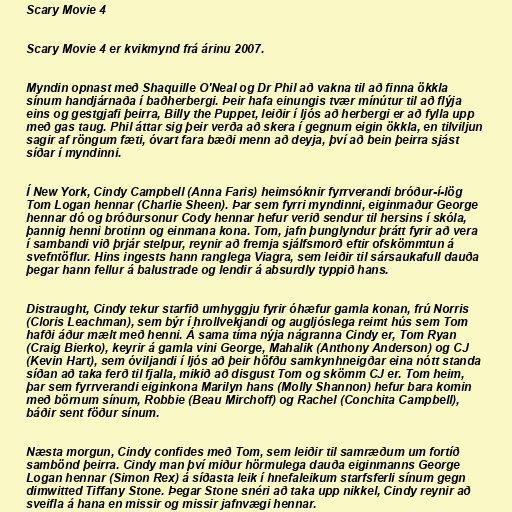
Scary Movie 4

Scary Movie 4 er kvikmynd frá árinu 2007.

Myndin opnast með Shaquille O'Neal og Dr Phil að vakna til að finna ökkla
sínum handjárnaða í baðherbergi. Þeir hafa einungis tvær mínútur til að flýja
eins og gestgjafi þeirra, Billy the Puppet, leiðir í ljós að herbergi er að fylla upp
með gas taug. Phil áttar sig þeir verða að skera í gegnum eigin ökkla, en tilviljun
sagir af röngum fæti, óvart fara bæði menn að deyja, því að bein þeirra sjást
síðar í myndinni.

Í New York, Cindy Campbell (Anna Faris) heimsóknir fyrrverandi bróður-í-lög
Tom Logan hennar (Charlie Sheen). Þar sem fyrri myndinni, eiginmaður George
hennar dó og bróðursonur Cody hennar hefur verið sendur til hersins í skóla,
þannig henni brotinn og einmana kona. Tom, jafn þunglyndur þrátt fyrir að vera
í sambandi við þrjár stelpur, reynir að fremja sjálfsmorð eftir ofskömmtun á
svefntöflur. Hins ingests hann ranglega Viagra, sem leiðir til sársaukafull dauða
þegar hann fellur á balustrade og lendir á absurdly typpið hans.

Distraught, Cindy tekur starfið umhyggju fyrir óhæfur gamla konan, frú Norris
(Cloris Leachman), sem býr í hrollvekjandi og augljóslega reimt hús sem Tom
hafði áður mælt með henni. Á sama tíma nýja nágranna Cindy er, Tom Ryan
(Craig Bierko), keyrir á gamla vini George, Mahalik (Anthony Anderson) og CJ
(Kevin Hart), sem óviljandi í ljós að þeir höfðu samkynhneigðar eina nótt standa
síðan að taka ferð til fjalla, mikið að disgust Tom og skömm CJ er. Tom heim,
þar sem fyrrverandi eiginkona Marilyn hans (Molly Shannon) hefur bara komin
með börnum sínum, Robbie (Beau Mirchoff) og Rachel (Conchita Campbell),
báðir sent föður sínum.

Næsta morgun, Cindy confides með Tom, sem leiðir til samræðum um fortíð
sambönd þeirra. Cindy man því miður hörmulega dauða eiginmanns George
Logan hennar (Simon Rex) á síðasta leik í hnefaleikum starfsferli sínum gegn
dimwitted Tiffany Stone. Þegar Stone snéri að taka upp nikkel, Cindy reynir að
sveifla á hana en missir og missir jafnvægi hennar.